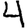
Digit: 4